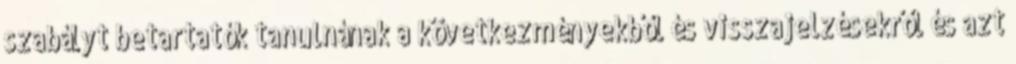
szabályt betartatók tanulnának a következményekből és visszajelzésekről és azt